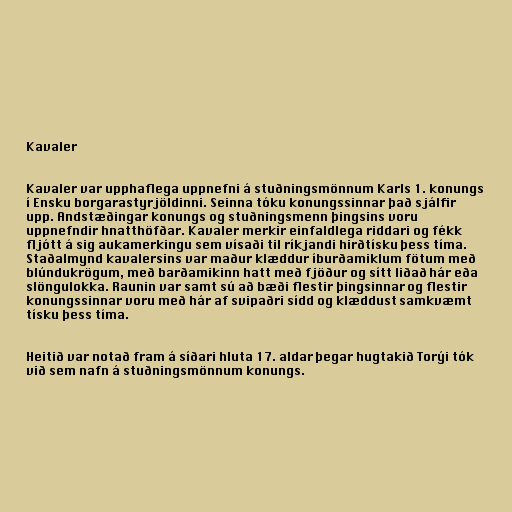
Kavaler

Kavaler var upphaflega uppnefni á stuðningsmönnum Karls 1. konungs
í Ensku borgarastyrjöldinni. Seinna tóku konungssinnar það sjálfir
upp. Andstæðingar konungs og stuðningsmenn þingsins voru
uppnefndir hnatthöfðar. Kavaler merkir einfaldlega riddari og fékk
fljótt á sig aukamerkingu sem vísaði til ríkjandi hirðtísku þess tíma.
Staðalmynd kavalersins var maður klæddur íburðamiklum fötum með
blúndukrögum, með barðamikinn hatt með fjöður og sítt liðað hár eða
slöngulokka. Raunin var samt sú að bæði flestir þingsinnar og flestir
konungssinnar voru með hár af svipaðri sídd og klæddust samkvæmt
tísku þess tíma.

Heitið var notað fram á síðari hluta 17. aldar þegar hugtakið Torýi tók
við sem nafn á stuðningsmönnum konungs.